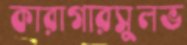
কারাগারসুলভ